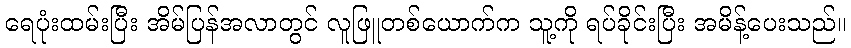
ရေပုံးထမ်းပြီး အိမ်ပြန်အလာတွင် လူဖြူတစ်ယောက်က သူ့ကို ရပ်ခိုင်းပြီး အမိန့်ပေးသည်။